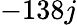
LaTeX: -138j